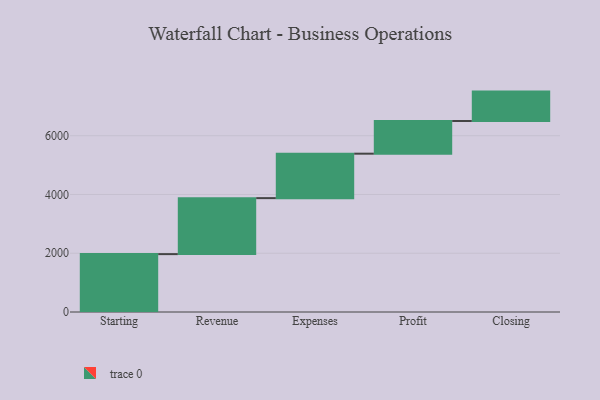
{"axis": {"x": "Step", "y": "Value"}, "legend": [""], "data": [{"x": "Starting", "y": 1970.0, "type": ""}, {"x": "Revenue", "y": 1906.0, "type": ""}, {"x": "Expenses", "y": 1513.0, "type": ""}, {"x": "Profit", "y": 1113.0, "type": ""}, {"x": "Closing", "y": 1000, "type": ""}]}